Indian journal of veterinary science and animal husbandry - Volumes 15-17, 1948-1951
Year: 1948
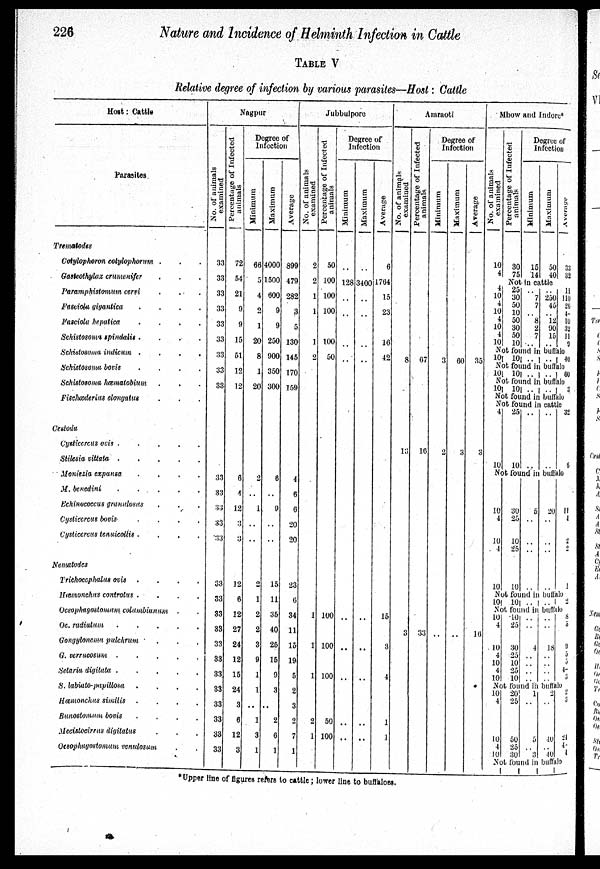
226
Nature and Incidence of Helminth Infection in Cattle
TABLE V
Relative degree of infection by various parasites—Host: Cattle
Host: Cattle
Parasites
Trematodes
Cotylophoron cotylophorum
. . .
Gasteothylax crumenifer . . .
Paramphistomum
cervi . . .
Fasciola
gigantica
.
.
.
.
Fasciola hepatica
.
.
.
.
Schistosoma spindalis .
.
.
.
Schistosoma indicum
.
.
.
.
Schistosoma bovis
.
.
.
.
Schistosoma hœmatobium . . .
Fischœderius clongatus . . .
Cestoda
cysticercus ovis .
.
.
.
.
Stilesia vittata
.
.
.
.
.
Moniezia expansa
.
.
.
.
M. benedini
.
.
.
.
.
Echinococeus granulosus . . .
Cysticercus bovis . . . .
Cysticercus tenuicollis .
.
.
.
Nematodes
Trichoccphalus
ovis
.
.
.
.
Hœmonchus controlus .
.
.
.
Oesophagostomum
columbianam . .
Oc. radiatum . . . .
Gongylonema pulchrum . . .
G. verrucosum
.
.
.
.
.
Setaria digitata .
.
.
.
.
S. labiato-papillosa . . . .
Hœmonchus similis
.
.
.
.
Bunostomum
bovis
.
.
.
.
Mecistocirrus digitalus . . .
Oesophagostomum
cenulosum . .
Nagpur
No. of animals
examined
33
33
33
33
33
33
33
33
33
33
33
33
33
33
33
33
33
33
33
33
33
33
33
33
33
33
Percentage of Infected
animals
72
54
21
9
9
15
51
12
12
6
4
12
3
3
12
6
12
27
24
12
15
24
3
6
12
3
Degree of
Infection
Minimum
66
5
4
2
1
20
8
1
20
2
..
1
..
..
2
1
2
2
3
9
1
1
..
1
3
1
Maximum
4000
1500
600
9
9
250
900
350
300
6
..
9
..
..
15
11
35
40
25
15
9
3
..
2
6
1
Average
899
479
282
3
5
130
145
170
159
4
6
6
20
20
23
6
34
11
15
19
5
2
3
2
7
1
Jubbulpore
No. of animals
examined
2
2
1
1
1
2
1
1
1
2
1
Percentage of Infected
animals
50
100
100
100
100
50
100
100
100
50
100
Degree of
Infection
Minimum
..
128
..
..
..
..
..
..
..
..
..
Maximum
..
3400
..
..
..
..
..
..
..
..
..
Average
6
1764
15
23
16
42
15
3
4
1
1
Amraoti
No. of animals
examined
8
13
3
Percentage of Infected
animals
67
10
33
Degree of
Infection
Minimum
3
2
..
Maximum
60
3
..
Average
35
3
16
Mhow and Indore*
No. of animals
examined
10
4
Percentage of Infected
animals
30
75
Degree of
Infection
Minimum
15
14
Maximum
50
40
Average
33
32
Not in cattle
4 10
4
10
4
10 4
10
25
30
50
10
50
30
50
10
.. 7
7
..
8
2
7
..
.. 250
45
..
12
90
15
..
11
110
26
4
10
32
11
9
Not found in buffalo
10 10 ..
.. 40
Not found in buffalo
10
10 .. ..
60
Not found in buffalo
10
10 .. ..
3
Not found in buffalo
Not found in cattle
4
10
25
10
...
...
...
...
32
6
Not found in buffalo
10
4
10
4
10
30
25
10
25
10
5
..
..
..
..
20
..
..
..
..
11
4
2
2
1
Not found in buffalo
10
10 .. .. 2
Not fond in buffalo
10
4
10
4
10
4
10
10
25
30
25
10
25
10
..
..
4
..
..
..
..
..
..
18
..
..
..
..
8
5
9
3 3
4-
3
Not found in buffalo
10
4
10
4
10
20
25
50
25
30
1
..
5
..
3
2
..
40
..
40
2
3
24
4
4
Not found inbufflo
* Upper line of figures refers to cattle; lower line to buffaloes.